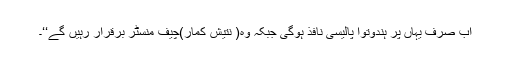
اب صرف یہاں پر ہندوتوا پالیسی نافذ ہوگی جبکہ وہ( نتیش کمار)چیف منسٹر برقرار رہیں گے‘‘۔